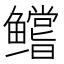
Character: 𱈘